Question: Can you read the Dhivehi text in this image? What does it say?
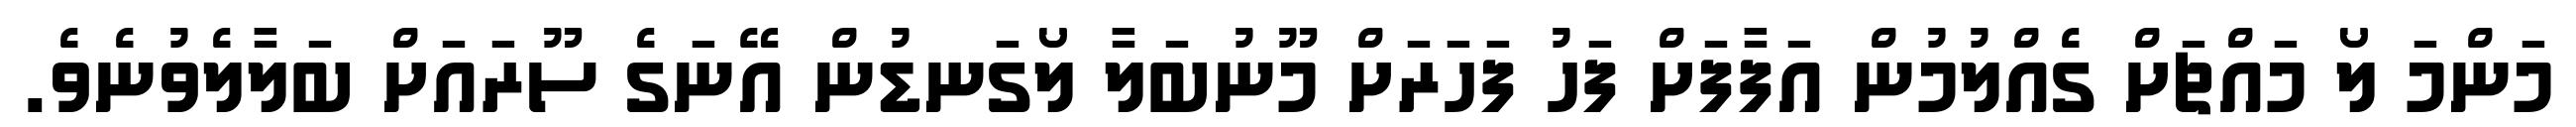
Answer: މަންމަ ލޯ މައްޗަށް ގެއްލުމުން އަފާފަށް ފަހު ފަހަރަށް މޫނުބަލާ ލޯގަނޑުން އޭނަގެ ސޫރައަށް ބަލާލެވުނެވެ.